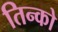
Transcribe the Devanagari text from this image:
तिन्को